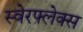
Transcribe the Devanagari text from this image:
स्वेरफ्लेक्स